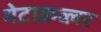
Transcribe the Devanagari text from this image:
मेटाक्रव्लर